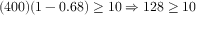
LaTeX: ( 4 0 0 ) ( 1 - 0 . 6 8 ) \geq 1 0 \Rightarrow 1 2 8 \geq 1 0